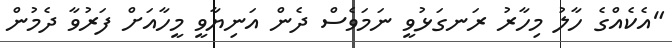
"އެކެއްގެ ހާލު މިހާރު ރަނގަޅުވީ ނަމަވެސް ދެން އަނިޔާވީ މީހާއަށް ފަރުވާ ދެމުން